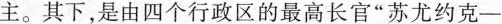
主。其下，是由四个行政区的最高长官”苏尤约克-